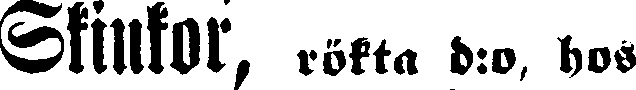
Skinkor, rökta d:o, hos